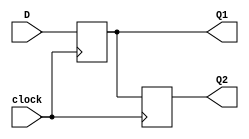
/*
 * Non-Blocking Assignment Example
 * ===============================
 *
 */

module NonBlockingExample (
    input clock, 
    input D, 
    output reg Q1,
    output reg Q2
);

always @( posedge clock ) begin //At to rising edge of clock
    Q1 <= D;  //Set Q1 equal to D
    Q2 <= Q1; //Simultaneously set Q2 equal to the old value of Q1
end
endmodule